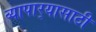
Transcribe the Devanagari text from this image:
व्यापार्‍यासाठी